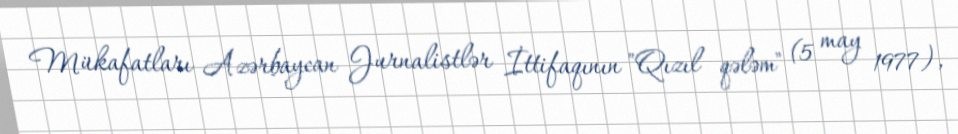
Mükafatları Azərbaycan Jurnalistlər İttifaqının "Qızıl qələm" (5 may 1977),